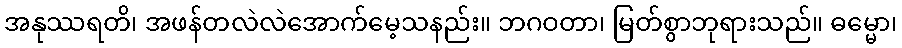
အနုဿရတိ၊ အဖန်တလဲလဲအောက်မေ့သနည်း။ ဘဂဝတာ၊ မြတ်စွာဘုရားသည်။ ဓမ္မော၊